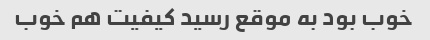
خوب بود به موقع رسید کیفیت هم خوب